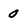
Character: 0